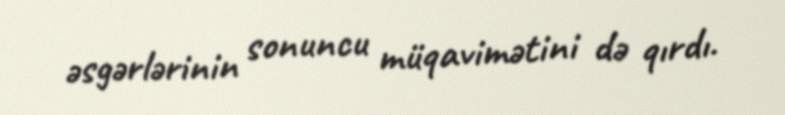
əsgərlərinin sonuncu müqavimətini də qırdı.